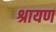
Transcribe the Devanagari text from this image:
श्रायण